Scientific memoirs by medical officers of the Army of India - Part XI,
Year: 1898
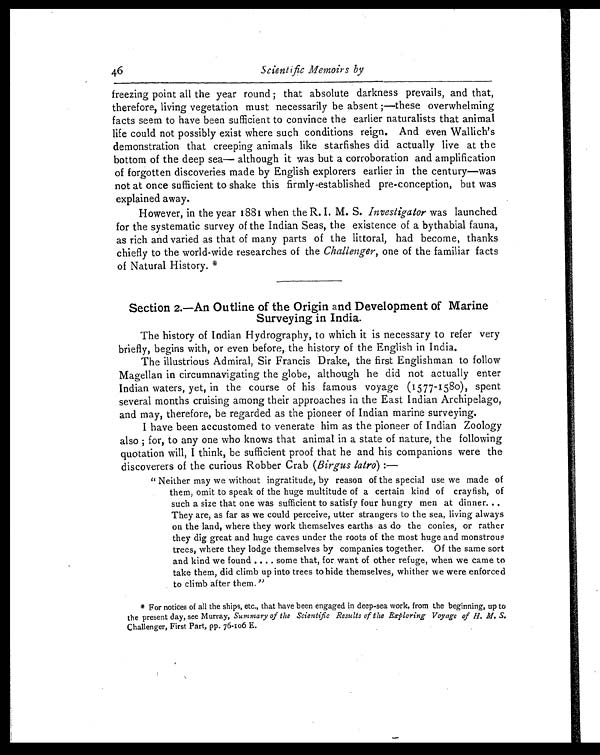
46
Scientific Memoirs by
freezing point all the year round; that absolute darkness prevails, and that,
therefore, living vegetation must necessarily be absent;—these overwhelming
facts seem to have been sufficient to convince the earlier naturalists that animal
life could not possibly exist where such conditions reign. And even Wallich's
demonstration that creeping animals like starfishes did actually live at the
bottom of the deep sea—although it was but a corroboration and amplification
of forgotten discoveries made by English explorers earlier in the century—was
not at once sufficient to shake this firmly established pre-conception, but was
explained away.
However, in the year 1881 when the R. I. M. S. Investigator was launched
for the systematic survey of the Indian Seas, the existence of a bythabial fauna,
as rich and varied as that of many parts of the littoral, had become, thanks
chiefly to the world-wide researches of the Challenger, one of the familiar facts
of Natural History.*
Section 2.—An Outline of the Origin and Development of Marine
Surveying in India.
The history of Indian Hydrography, to which it is necessary to refer very
briefly, begins with, or even before, the history of the English in India.
The illustrious Admiral, Sir Francis Drake, the first Englishman to follow
Magellan in circumnavigating the globe, although he did not actually enter
Indian waters, yet, in the course of his famous voyage (1577-1580), spent
several months cruising among their approaches in the East Indian Archipelago,
and may, therefore, be regarded as the pioneer of Indian marine surveying.
I have been accustomed to venerate him as the pioneer of Indian Zoology
also ; for, to any one who knows that animal in a state of nature, the following
quotation will, I think, be sufficient proof that he and his companions were the
discoverers of the curious Robber Crab (Birgus latro) : —
" Neither may we without ingratitude, by reason of the special use we made of
them, omit to speak of the huge multitude of a certain kind of crayfish, of
such a size that one was sufficient to satisfy four hungry men at dinner
They are, as far as we could perceive, utter strangers to the sea, living always
on the land, where they work themselves earths as do the conies, or rather
they dig great and huge caves under the roots of the most huge and monstrous
trees, where they lodge themselves by companies together. Of the same sort
and ki nd we f ound . . . . s ome t hat , f or want of ot her r ef uge, when we came t o
take them, did climb up into trees to hide themselves, whither we were enforced
to climb after them."
* For notices of all the ships, etc., that have been engaged in deep-sea work, from the beginning, up to
the present day, see Murray, Summary of the Scientific Results of the Exploring Voyage of H. M. S.
Challenger, First Part, pp. 76.106 E.